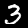
Digit: 3